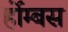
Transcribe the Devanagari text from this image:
र्होम्बस